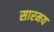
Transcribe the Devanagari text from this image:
सारमय